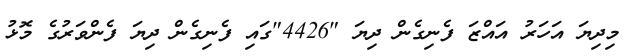
މިިދިޔަ އަހަރު އައްޒަ ފެނިގެން ދިޔަ "4426"ގައި ފެނިގެން ދިޔަ ފެންވަރުގެ މޮޅު